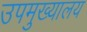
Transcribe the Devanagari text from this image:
उपमुख्यालय